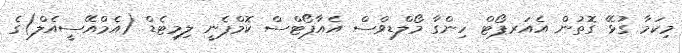
މިކަމާ ގުޅޭ ގޮތުން އެއަރޕޯޓް ހިންގާ މޯލްޑިވްސް އެއާޕޯޓްސް ކޮމްޕެނީ ލިމިޓެޑް (އެމްއޭސީއެލް)ގެ